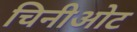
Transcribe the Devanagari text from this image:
चिनीओट